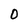
Character: 0